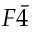
F \bar { 4 }